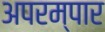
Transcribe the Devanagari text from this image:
अपरम्पार